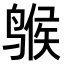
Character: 𫛺